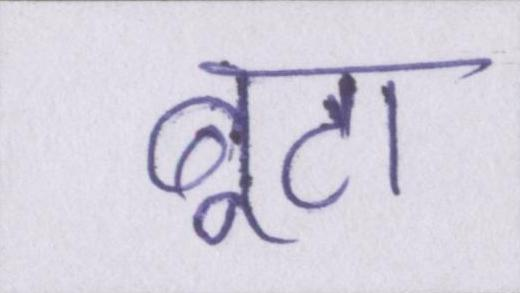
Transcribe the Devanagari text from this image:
बूटा